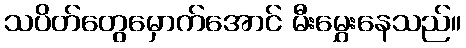
သပိတ်တွေမှောက်အောင် မီးမွှေးနေသည်။